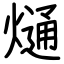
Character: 熥